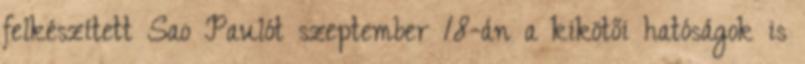
felkészített Sao Paulót szeptember 18-án a kikötői hatóságok is